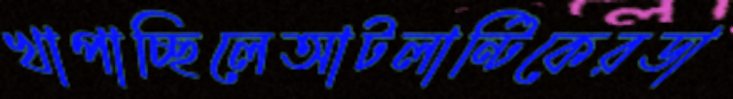
খাপাচ্ছিলেআটলান্টিকেরডা